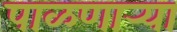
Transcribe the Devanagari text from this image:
पाळणार्‍या